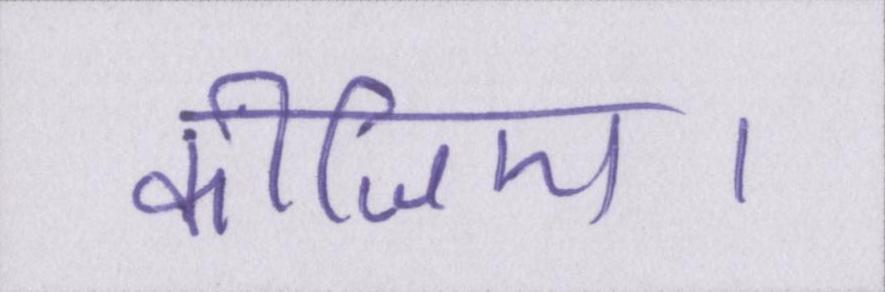
कीजिए।